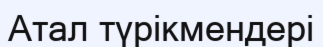
Атал түрікмендері